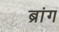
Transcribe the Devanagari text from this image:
ब्रांग